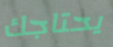
يحتاجك